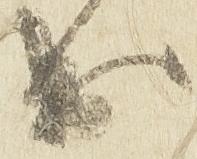
出